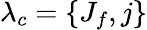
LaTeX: {\lambda_{c}}=\{ J_{f},j\}